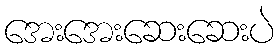
အေးအေးဆေးဆေးပဲ